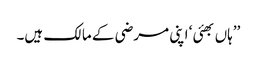
’’ہاں بھئی ‘ اپنی مرضی کے مالک ہیں۔